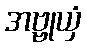
အဗ္ဗုယှံ